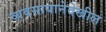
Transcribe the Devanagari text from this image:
व्यवसायानेदेखील